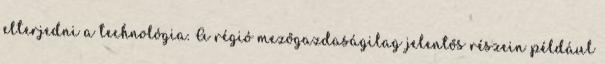
elterjedni a technológia. A régió mezőgazdaságilag jelentős részein például